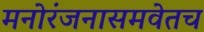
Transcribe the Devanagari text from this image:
मनोरंजनासमवेतच